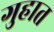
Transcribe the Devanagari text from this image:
गुहात